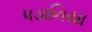
પડાનિયા